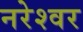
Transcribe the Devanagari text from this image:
नरेश्वर